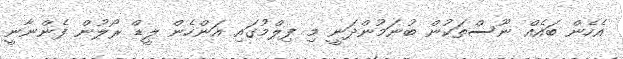
އެހެން ބައެއް ނޫސްތަކުން ބުނަމުންދަނީ މި ފިލްމުގައި އަންހެން ލީޑް ރޯލުން ފެންނާނީ